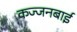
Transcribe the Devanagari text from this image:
कज्जनबाई